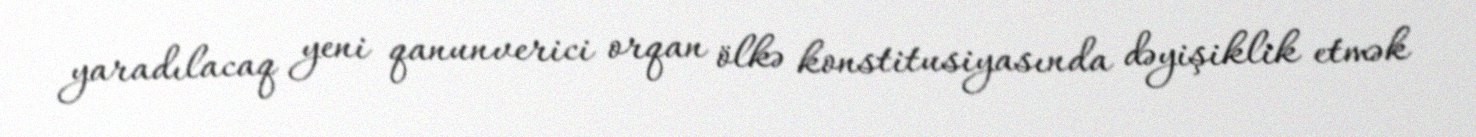
yaradılacaq yeni qanunverici orqan ölkə konstitusiyasında dəyişiklik etmək